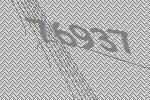
76937